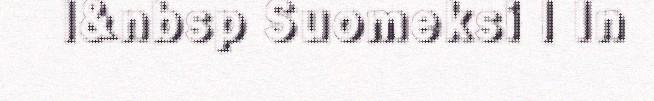
|&nbsp Suomeksi | In